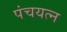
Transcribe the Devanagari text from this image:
पंचयत्न